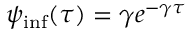
\psi _ { \mathrm { i n f } } ( \tau ) = \gamma e ^ { - \gamma \tau }